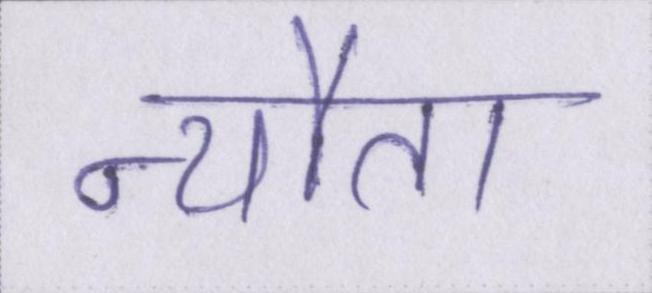
न्यौता